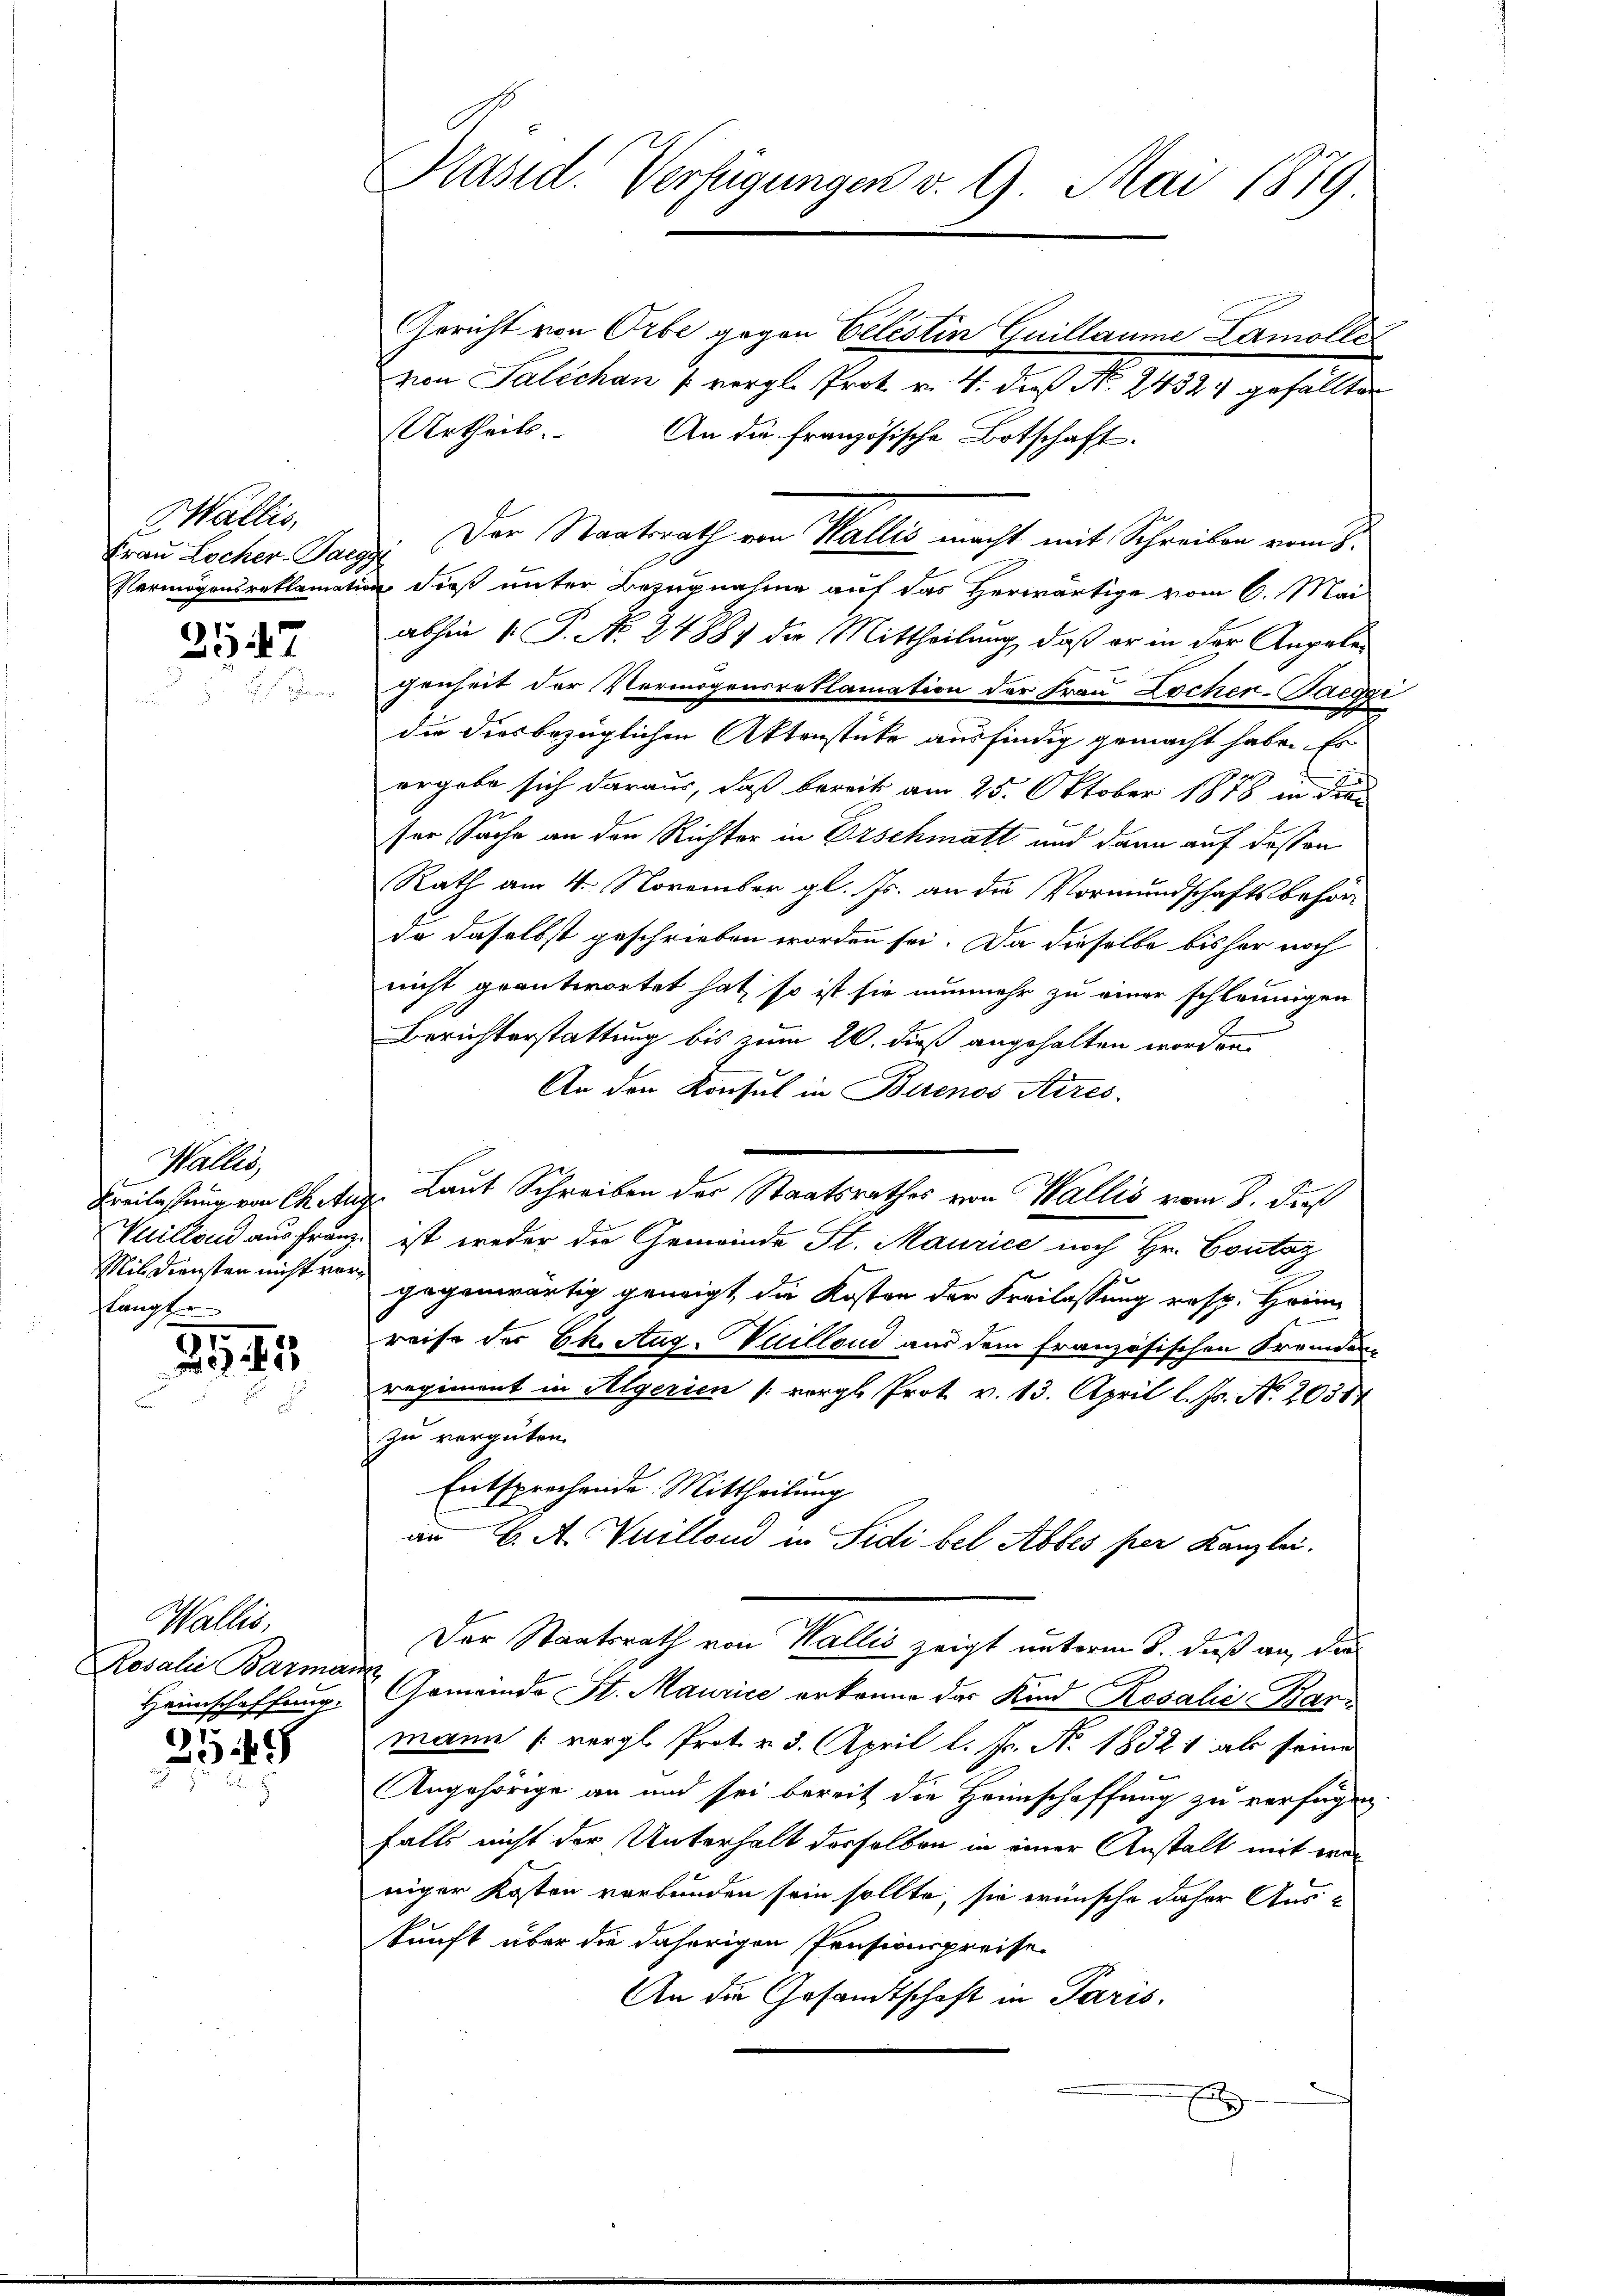
Wallis,
Frau Locher-Tagg

2547

Wallis,
Mil. Diensten nicht vorlangt

247

Wallis,
Rosalia Barmann
Heimschaffung.

2549

Präsid. Verfügungen v. 9. Mai 1879

Gericht von Orbe gegen Celestin Guillaume Lamolle
von Salichen u vergl. Prot. v. 4. dieß N. 24321 gefällten
Urtheils. An die französische Botschaft.
Der Staatsrath von Wallis macht mit Schreiben vom 8.
Vermögensreklamation dieß unter Bezugnahme auf das Herwärtige vom 6. Mai
abhin 1. P. No. 2488) die Mittheilung, daß er in der Angelegenheit der Vermögensreklamation der Frau Lochen-Paeger
die diesbezüglichen Aktenstücke ausfindig gemacht habe. Es
i
ergabe sich daraus, daß bereit am 25. Oktober 1878 in die
ser Sache an den Richter in Erschmatt und dann auf dessen
Rath am 4. November gl. Js. an die Vormundschaftsbehörda daselbst geschrieben worden sei. Da dieselbe bisher noch
nicht geantwortet hat, so ist sie nunmehr zu einer schleunigen
Berichterstattung bis zum 20. dieß angehalten worden.
An den Konsul in Buenos Aires.
Freilassung von Chaux. Laut Schreiben des Staatsrathes von Wallis vom 8. dieß
Villand aus franz ist weder die Gemeinde St. Maurice noch Hr. Coutaz
t
gegenwärtig geneigt, die Kosten der Freilassung resp. Heim
reise der Ch. Aug. Vuilland aus dem französischen Fremden
regiment in Algerien [vorgl. Prot. v. 13. April l. Js. No. 20384
zu vergüten.
Entsprechende Mittheilung
an 6. A. Vuilland in Sidi bei Abbes per Kanzlei.
Der Staatsrath von Wallis zeigt unterm 8. dieß an die
Gemeinde St. Maurice erkenne das Kind Rosalić Barmann (vergl. Prot. v. 3. April l. Fr. No. 18321 als seine
Angehörige an und sei bereit die Heimschaffung zu verfügen
falls nicht der Unterhalt derselben in einer Anstalt mit weniger Kosten verbunden sein sollte, sie wünsche daher Aus-
kunft über die daherigen Pensionspreise
An die Gesandtschaft in Paris,
E